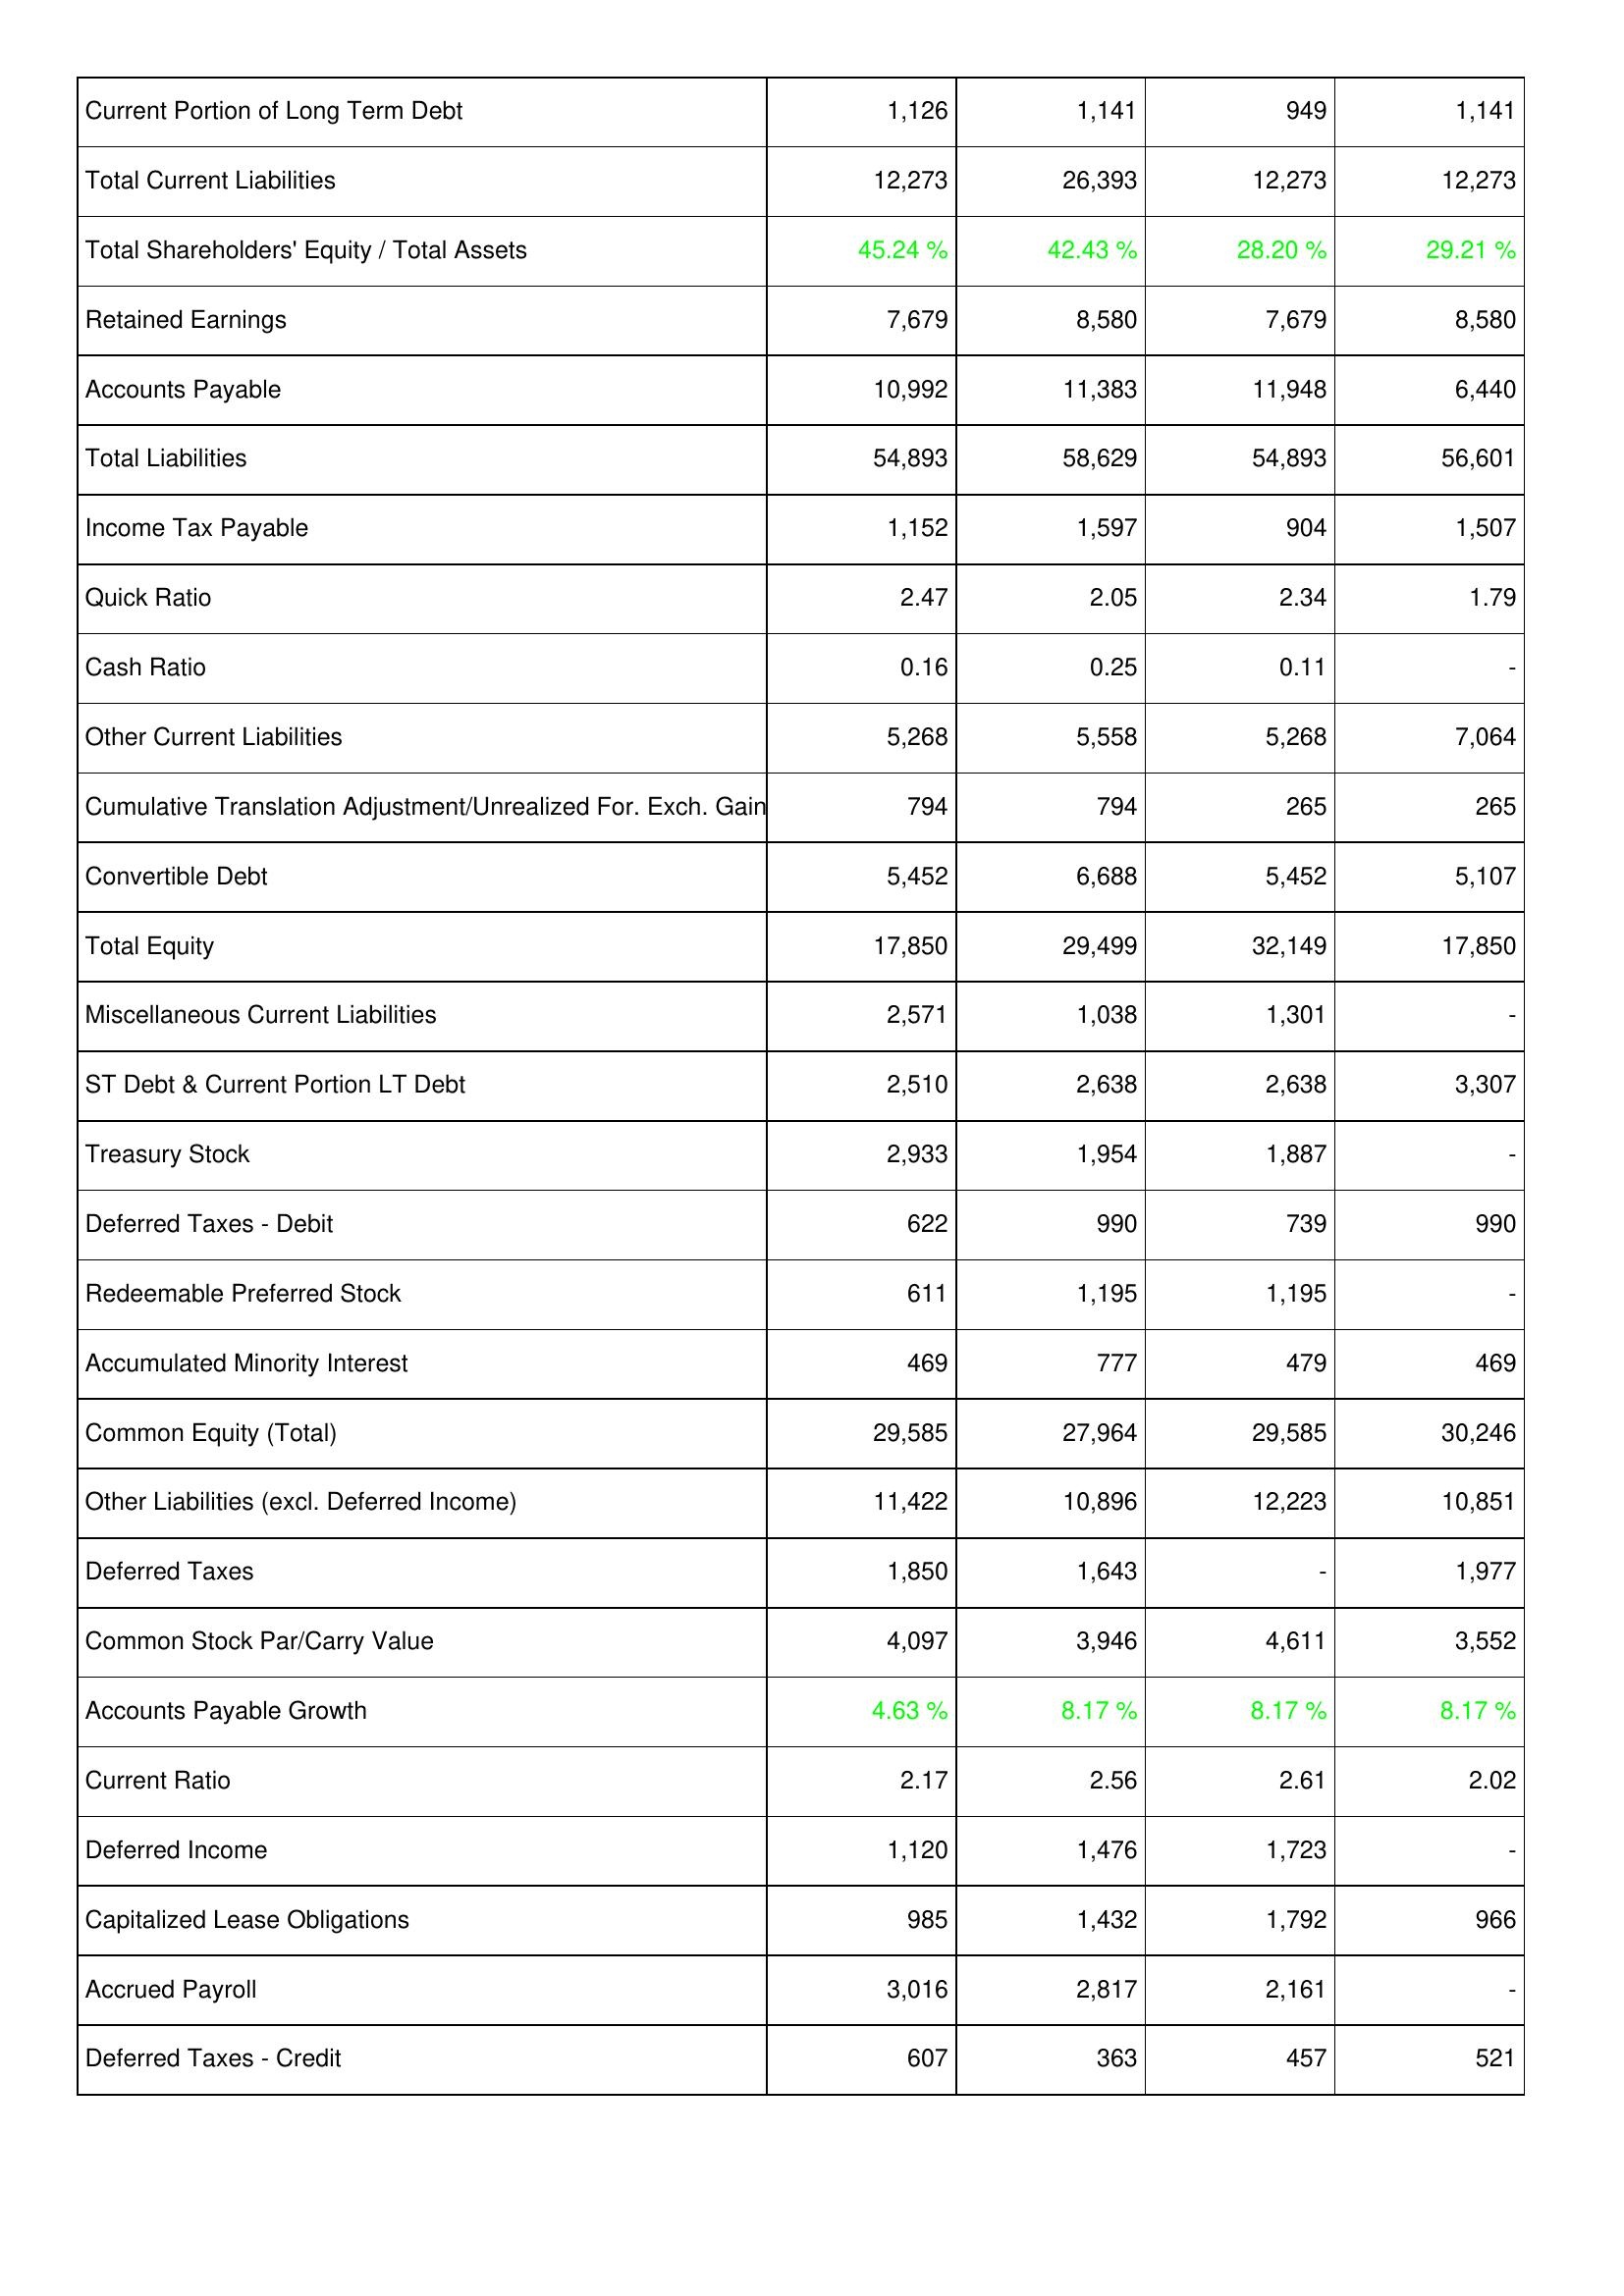
2020: Liabilities & Shareholders' Equity: Current Portion of Long Term Debt: 1,126
Total Current Liabilities: 12,273
Total Shareholders' Equity / Total Assets: 45.24 %
Retained Earnings: 7,679
Accounts Payable: 10,992
Total Liabilities: 54,893
Income Tax Payable: 1,152
Quick Ratio: 2.47
Cash Ratio: 0.16
Other Current Liabilities: 5,268
Cumulative Translation Adjustment/Unrealized For. Exch. Gain: 794
Convertible Debt: 5,452
Total Equity: 17,850
Miscellaneous Current Liabilities: 2,571
ST Debt & Current Portion LT Debt: 2,510
Treasury Stock: 2,933
Deferred Taxes - Debit: 622
Redeemable Preferred Stock: 611
Accumulated Minority Interest: 469
Common Equity (Total): 29,585
Other Liabilities (excl. Deferred Income): 11,422
Deferred Taxes: 1,850
Common Stock Par/Carry Value: 4,097
Accounts Payable Growth: 4.63 %
Current Ratio: 2.17
Deferred Income: 1,120
Capitalized Lease Obligations: 985
Accrued Payroll: 3,016
Deferred Taxes - Credit: 607
2021: Liabilities & Shareholders' Equity: Current Portion of Long Term Debt: 1,141
Total Current Liabilities: 26,393
Total Shareholders' Equity / Total Assets: 42.43 %
Retained Earnings: 8,580
Accounts Payable: 11,383
Total Liabilities: 58,629
Income Tax Payable: 1,597
Quick Ratio: 2.05
Cash Ratio: 0.25
Other Current Liabilities: 5,558
Cumulative Translation Adjustment/Unrealized For. Exch. Gain: 794
Convertible Debt: 6,688
Total Equity: 29,499
Miscellaneous Current Liabilities: 1,038
ST Debt & Current Portion LT Debt: 2,638
Treasury Stock: 1,954
Deferred Taxes - Debit: 990
Redeemable Preferred Stock: 1,195
Accumulated Minority Interest: 777
Common Equity (Total): 27,964
Other Liabilities (excl. Deferred Income): 10,896
Deferred Taxes: 1,643
Common Stock Par/Carry Value: 3,946
Accounts Payable Growth: 8.17 %
Current Ratio: 2.56
Deferred Income: 1,476
Capitalized Lease Obligations: 1,432
Accrued Payroll: 2,817
Deferred Taxes - Credit: 363
2022: Liabilities & Shareholders' Equity: Current Portion of Long Term Debt: 949
Total Current Liabilities: 12,273
Total Shareholders' Equity / Total Assets: 28.20 %
Retained Earnings: 7,679
Accounts Payable: 11,948
Total Liabilities: 54,893
Income Tax Payable: 904
Quick Ratio: 2.34
Cash Ratio: 0.11
Other Current Liabilities: 5,268
Cumulative Translation Adjustment/Unrealized For. Exch. Gain: 265
Convertible Debt: 5,452
Total Equity: 32,149
Miscellaneous Current Liabilities: 1,301
ST Debt & Current Portion LT Debt: 2,638
Treasury Stock: 1,887
Deferred Taxes - Debit: 739
Redeemable Preferred Stock: 1,195
Accumulated Minority Interest: 479
Common Equity (Total): 29,585
Other Liabilities (excl. Deferred Income): 12,223
Deferred Taxes: -
Common Stock Par/Carry Value: 4,611
Accounts Payable Growth: 8.17 %
Current Ratio: 2.61
Deferred Income: 1,723
Capitalized Lease Obligations: 1,792
Accrued Payroll: 2,161
Deferred Taxes - Credit: 457
2023: Liabilities & Shareholders' Equity: Current Portion of Long Term Debt: 1,141
Total Current Liabilities: 12,273
Total Shareholders' Equity / Total Assets: 29.21 %
Retained Earnings: 8,580
Accounts Payable: 6,440
Total Liabilities: 56,601
Income Tax Payable: 1,507
Quick Ratio: 1.79
Cash Ratio: -
Other Current Liabilities: 7,064
Cumulative Translation Adjustment/Unrealized For. Exch. Gain: 265
Convertible Debt: 5,107
Total Equity: 17,850
Miscellaneous Current Liabilities: -
ST Debt & Current Portion LT Debt: 3,307
Treasury Stock: -
Deferred Taxes - Debit: 990
Redeemable Preferred Stock: -
Accumulated Minority Interest: 469
Common Equity (Total): 30,246
Other Liabilities (excl. Deferred Income): 10,851
Deferred Taxes: 1,977
Common Stock Par/Carry Value: 3,552
Accounts Payable Growth: 8.17 %
Current Ratio: 2.02
Deferred Income: -
Capitalized Lease Obligations: 966
Accrued Payroll: -
Deferred Taxes - Credit: 521